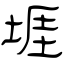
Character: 堐